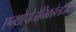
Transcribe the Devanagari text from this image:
एन्थ्रोपोजेनिकहेलोजन